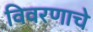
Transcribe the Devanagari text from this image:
विवरणाचे